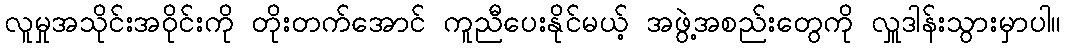
လူမှုအသိုင်းအဝိုင်းကို တိုးတက်အောင် ကူညီပေးနိုင်မယ့် အဖွဲ့အစည်းတွေကို လှူဒါန်းသွားမှာပါ။